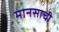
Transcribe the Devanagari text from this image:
मानसाची